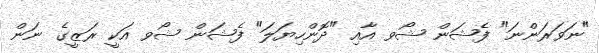
"ނަވަރަންނަ" ފެޝަން ޝޯވ އާއި "ދޮންހިޔަލަ" ފެޝަން ޝޯވ އަކީ ރަޒީގެ ނަން